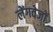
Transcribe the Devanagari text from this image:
लेंगवेजों